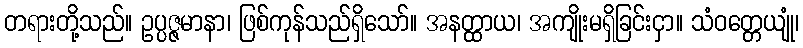
တရားတို့သည်။ ဥပ္ပဇ္ဇမာနာ၊ ဖြစ်ကုန်သည်ရှိသော်။ အနတ္ထာယ၊ အကျိုးမရှိခြင်းငှာ။ သံဝတ္တေယျုံ၊